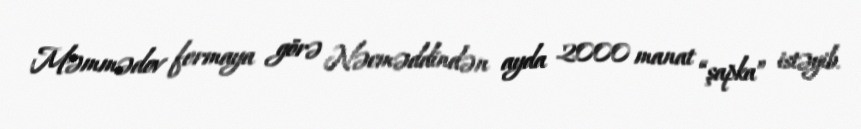
Məmmədov fermaya görə Nəcməddindən ayda 2000 manat “şapka” istəyib.